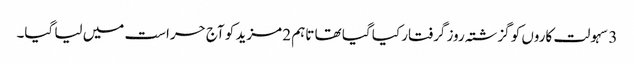
3 سہولت کاروں کو گزشتہ روز گرفتار کیا گیا تھا تاہم 2 مزید کو آج حراست میں لیا گیا۔